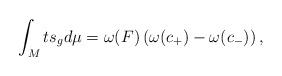
LaTeX: \begin{align*}\int_Mts_gd\mu=\omega(F)\left(\omega(c_+)-\omega(c_-)\right),\end{align*}